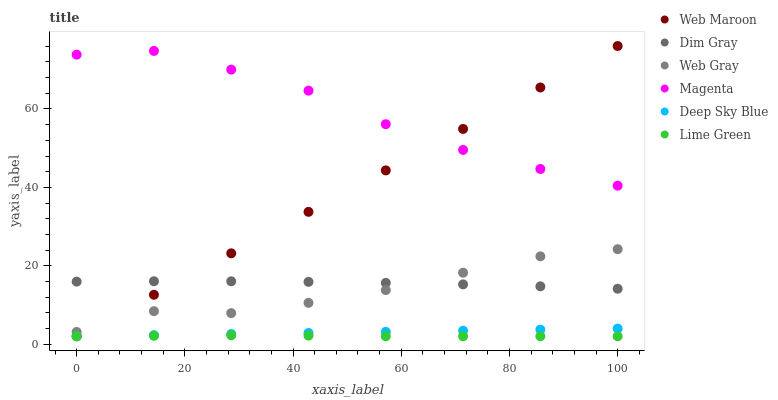
| xaxis_label | Web Maroon | Dim Gray | Web Gray | Magenta | Deep Sky Blue | Lime Green |
 | --- | --- | --- | --- | --- | --- | --- |
 | 0 | 2 | 15.9 | 3.1 | 73.9 | 2 | 2 |
 | 14.3 | 12.6 | 16 | 8.4 | 74.8 | 2.28 | 2.12 |
 | 28.6 | 23.2 | 16 | 7.9 | 70.1 | 2.56 | 2.24 |
 | 42.9 | 33.7 | 15.9 | 10.5 | 64.7 | 2.84 | 2.16 |
 | 57.1 | 44.3 | 15.6 | 13.8 | 56.1 | 3.12 | 2 |
 | 71.4 | 54.9 | 15.2 | 18.2 | 49.6 | 3.4 | 2 |
 | 85.7 | 65.5 | 14.7 | 22.4 | 44.7 | 3.68 | 2 |
 | 100 | 76.1 | 14.1 | 24.2 | 40.4 | 3.96 | 2 |